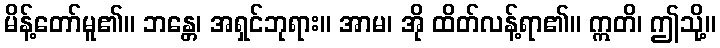
မိန့်တော်မူ၏။ ဘန္တေ၊ အရှင်ဘုရား။ အာမ၊ အို ထိတ်လန့်ရာ၏။ ဣတိ၊ ဤသို့။